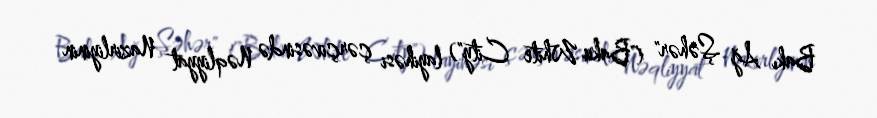
Bakı Ağ Şəhər" ("Baku White City") layihəsi çərçivəsində Nəqliyyat Nazirliyinin